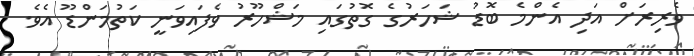
ވެރިރަށް އަދި އެންމެ ބޮޑު ޝަހަރުގެ ގޮތުގައި މަޝްހޫރު ވެފައިވަނީ ކަތުމަންޑޫ އެވެ.